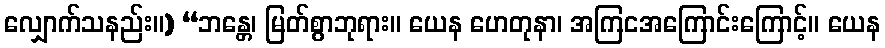
လျှောက်သနည်း။) “ဘန္တေ၊ မြတ်စွာဘုရား။ ယေန ဟေတုနာ၊ အကြငအကြောင်းကြောင့်။ ယေန